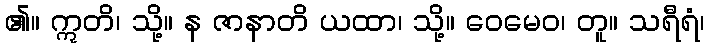
၏။ ဣတိ၊ သို့။ န ဇာနာတိ ယထာ၊ သို့။ ဝေမေဝ၊ တူ။ သရီရံ၊